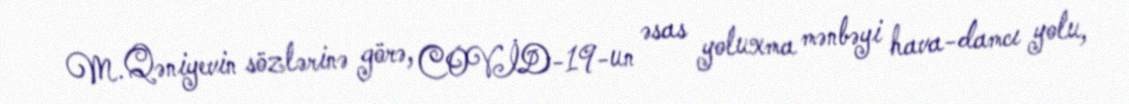
M.Qəniyevin sözlərinə görə, COVİD-19-un əsas yoluxma mənbəyi hava-damcı yolu,